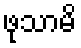
ဖုသာမိ